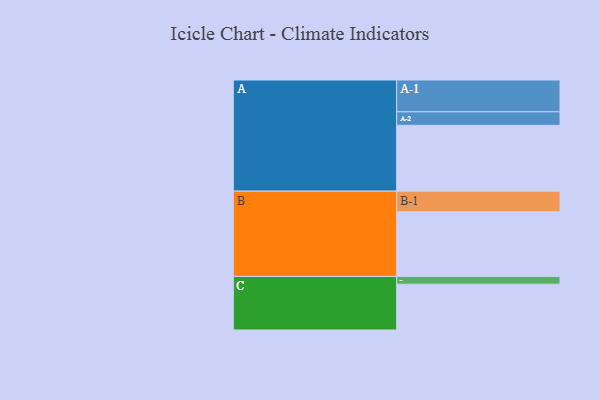
{"axis": {"x": "Segment", "y": "Value"}, "legend": ["", "A", "B", "C"], "data": [{"x": "A", "y": 584, "type": ""}, {"x": "B", "y": 573, "type": ""}, {"x": "C", "y": 406, "type": ""}, {"x": "A-1", "y": 282, "type": "A"}, {"x": "A-2", "y": 120, "type": "A"}, {"x": "B-1", "y": 183, "type": "B"}, {"x": "C-1", "y": 69, "type": "C"}]}